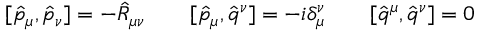
[ \hat { p } _ { \mu } , \hat { p } _ { \nu } ] = - \hat { R } _ { \mu \nu } \qquad [ \hat { p } _ { \mu } , \hat { q } ^ { \nu } ] = - i \delta _ { \mu } ^ { \nu } \qquad [ \hat { q } ^ { \mu } , \hat { q } ^ { \nu } ] = 0